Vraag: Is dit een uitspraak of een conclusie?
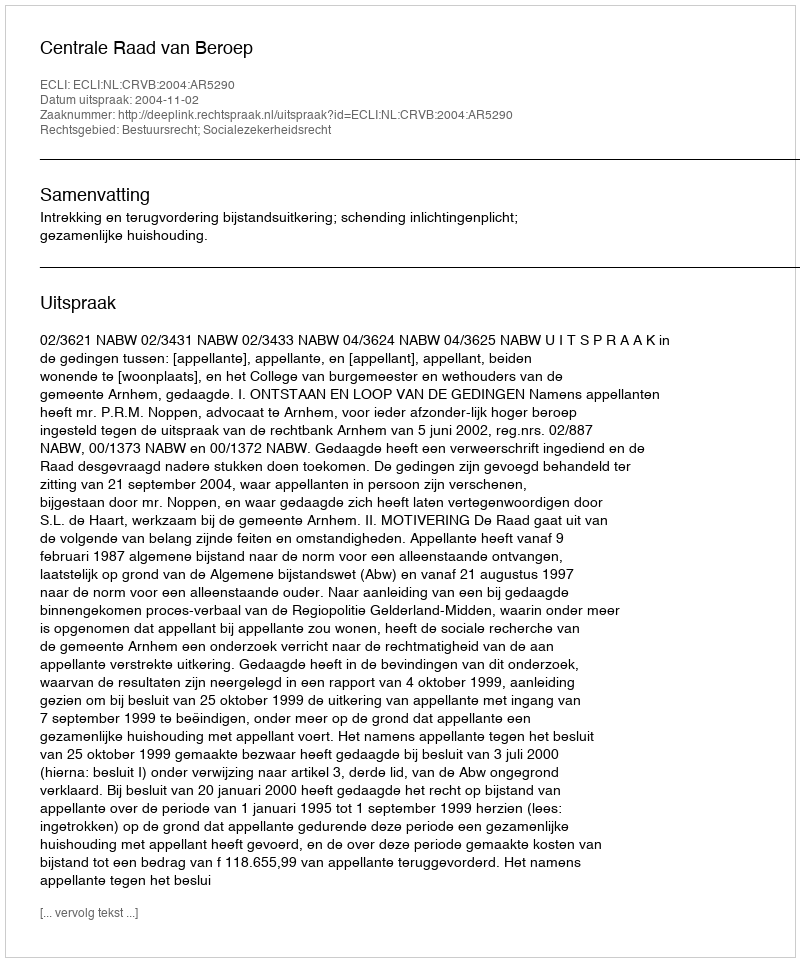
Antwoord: Uitspraak